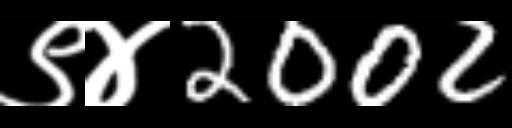
Text: ९४2002